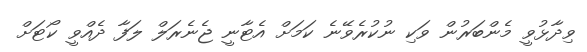
ވިދާޅުވީ މެންބަރުން ވަކި ނުކުރެވޭނެ ކަމަށް އެޓާނީ ޖެނެރަލް ލަފާ ދެއްވީ ކޯޓަށް